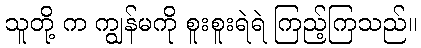
သူတို့ က ကျွန်မကို စူးစူးရဲရဲ ကြည့်ကြသည်။